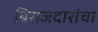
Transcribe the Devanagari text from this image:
बिराजदारांचा